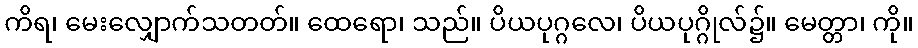
ကိရ၊ မေးလျှောက်သတတ်။ ထေရော၊ သည်။ ပိယပုဂ္ဂလေ၊ ပိယပုဂ္ဂိုလ်၌။ မေတ္တာ၊ ကို။